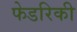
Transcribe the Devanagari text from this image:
फेडरिकी